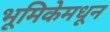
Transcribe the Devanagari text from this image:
भूमिकेमधून